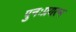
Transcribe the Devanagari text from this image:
पुनःप्रयत्न